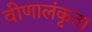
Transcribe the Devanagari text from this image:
वीणालंकृता